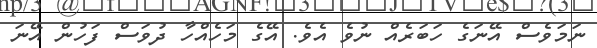
ނަމަވެސް އޭނަގެ ހަބަރެއް ނުވެ އެވެ. އޭގެ މަހެއްހާ ދުވަސް ފަހުން އޭނަ